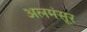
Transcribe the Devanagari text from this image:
अलमंसूर